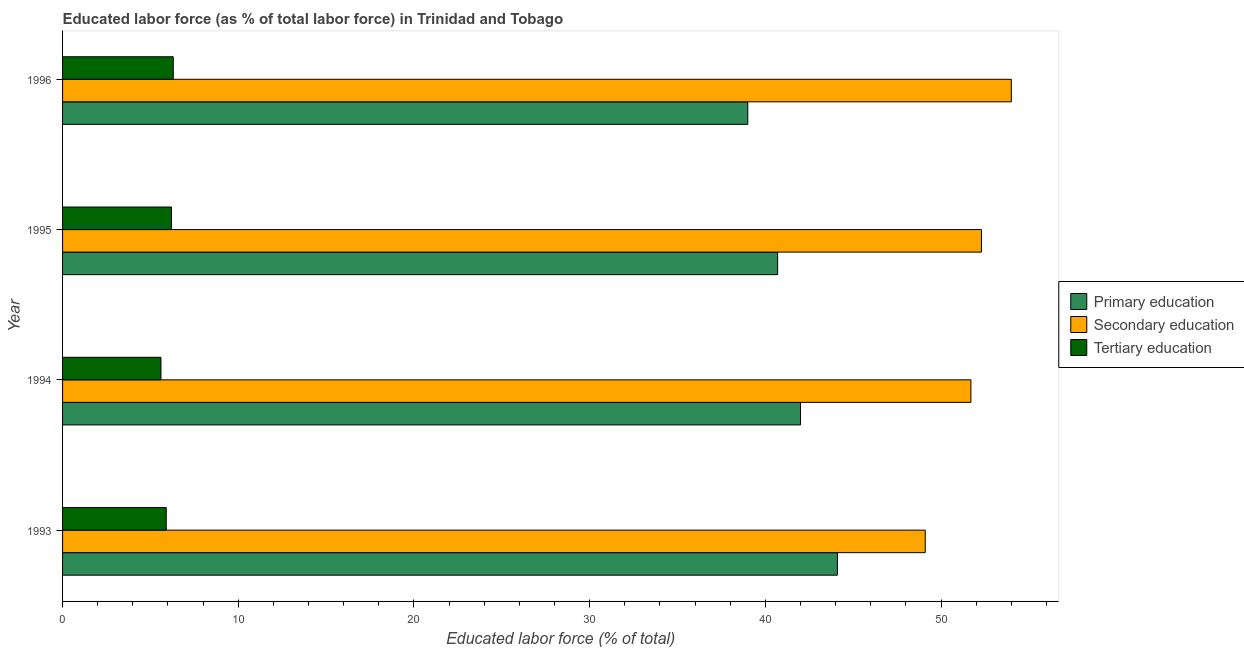
| Year | Primary education | Secondary education | Tertiary education |
 | --- | --- | --- | --- |
 | 1993 | 44.1 | 49.1 | 5.9 |
 | 1994 | 42 | 51.7 | 5.6 |
 | 1995 | 40.7 | 52.3 | 6.2 |
 | 1996 | 39 | 54 | 6.3 |